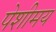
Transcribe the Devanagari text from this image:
पेशीमय